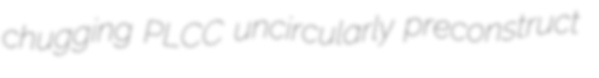
chugging PLCC uncircularly preconstruct